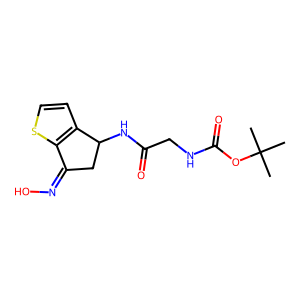
SMILES: CC(C)(C)OC(=O)NCC(=O)NC1CC(=NO)c2sccc21
Inhibits HIV replication: No